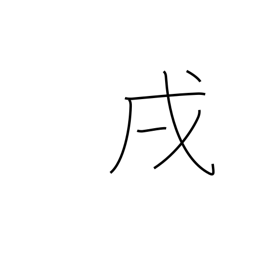
Meaning: 7-9PM